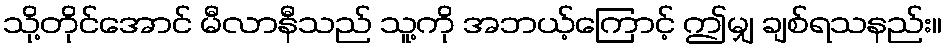
သို့တိုင်အောင် မီလာနီသည် သူ့ကို အဘယ့်ကြောင့် ဤမျှ ချစ်ရသနည်း။